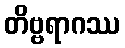
တိဗ္ဗရာဂဿ